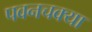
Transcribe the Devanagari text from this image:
पवनचक्या